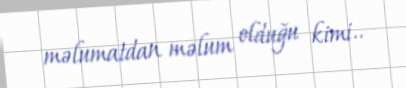
məlumatdan məlum olduğu kimi..